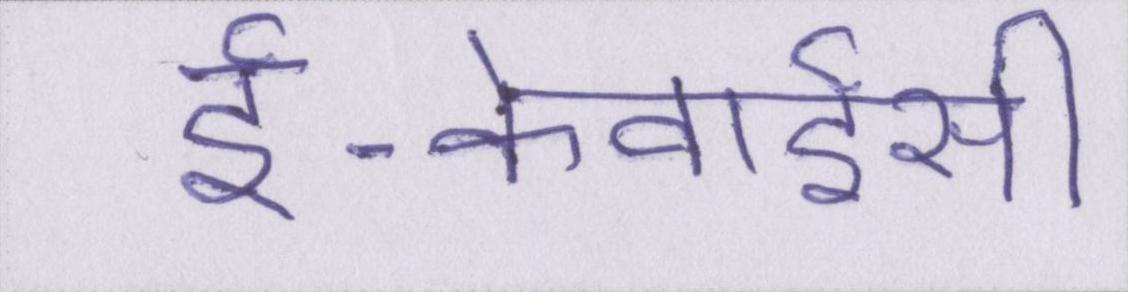
ई-केवाईसी